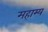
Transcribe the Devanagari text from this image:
महाम्य